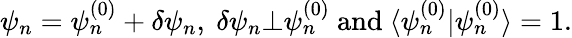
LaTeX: \psi_{n}=\psi_{n}^{(0)}+\delta\psi_{n},~\delta\psi_{n}\bot\psi_{n}^{(0)}~\textrm{and}~\langle\psi_{n}^{(0)}|\psi_{n}^{(0)}\rangle=1.